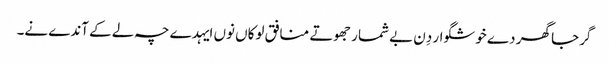
گرجا گھر دے خوشگوار دِن بے شمار جھوتے منافق لوکاں نوں ایہدے چہ لے کے آندے نے۔